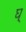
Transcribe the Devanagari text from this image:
घ्‌